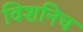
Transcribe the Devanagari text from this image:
विशनिच